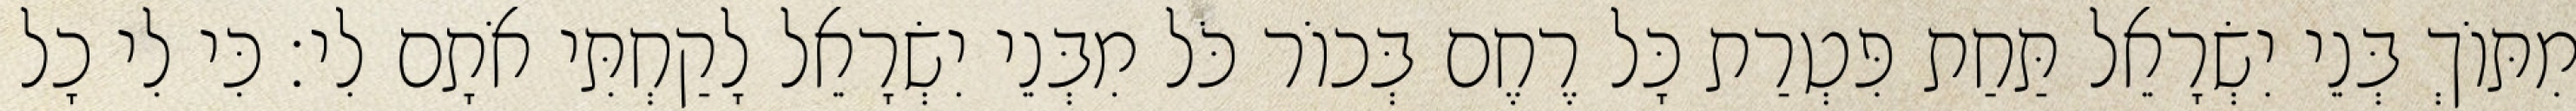
מִתּוֹךְ בְּנֵי יִשְׂרָאֵל תַּחַת פִּטְרַת כָּל רֶחֶם בְּכוֹר כֹּל מִבְּנֵי יִשְׂרָאֵל לָקַחְתִּי אֹתָם לִי׃ כִּי לִי כָל